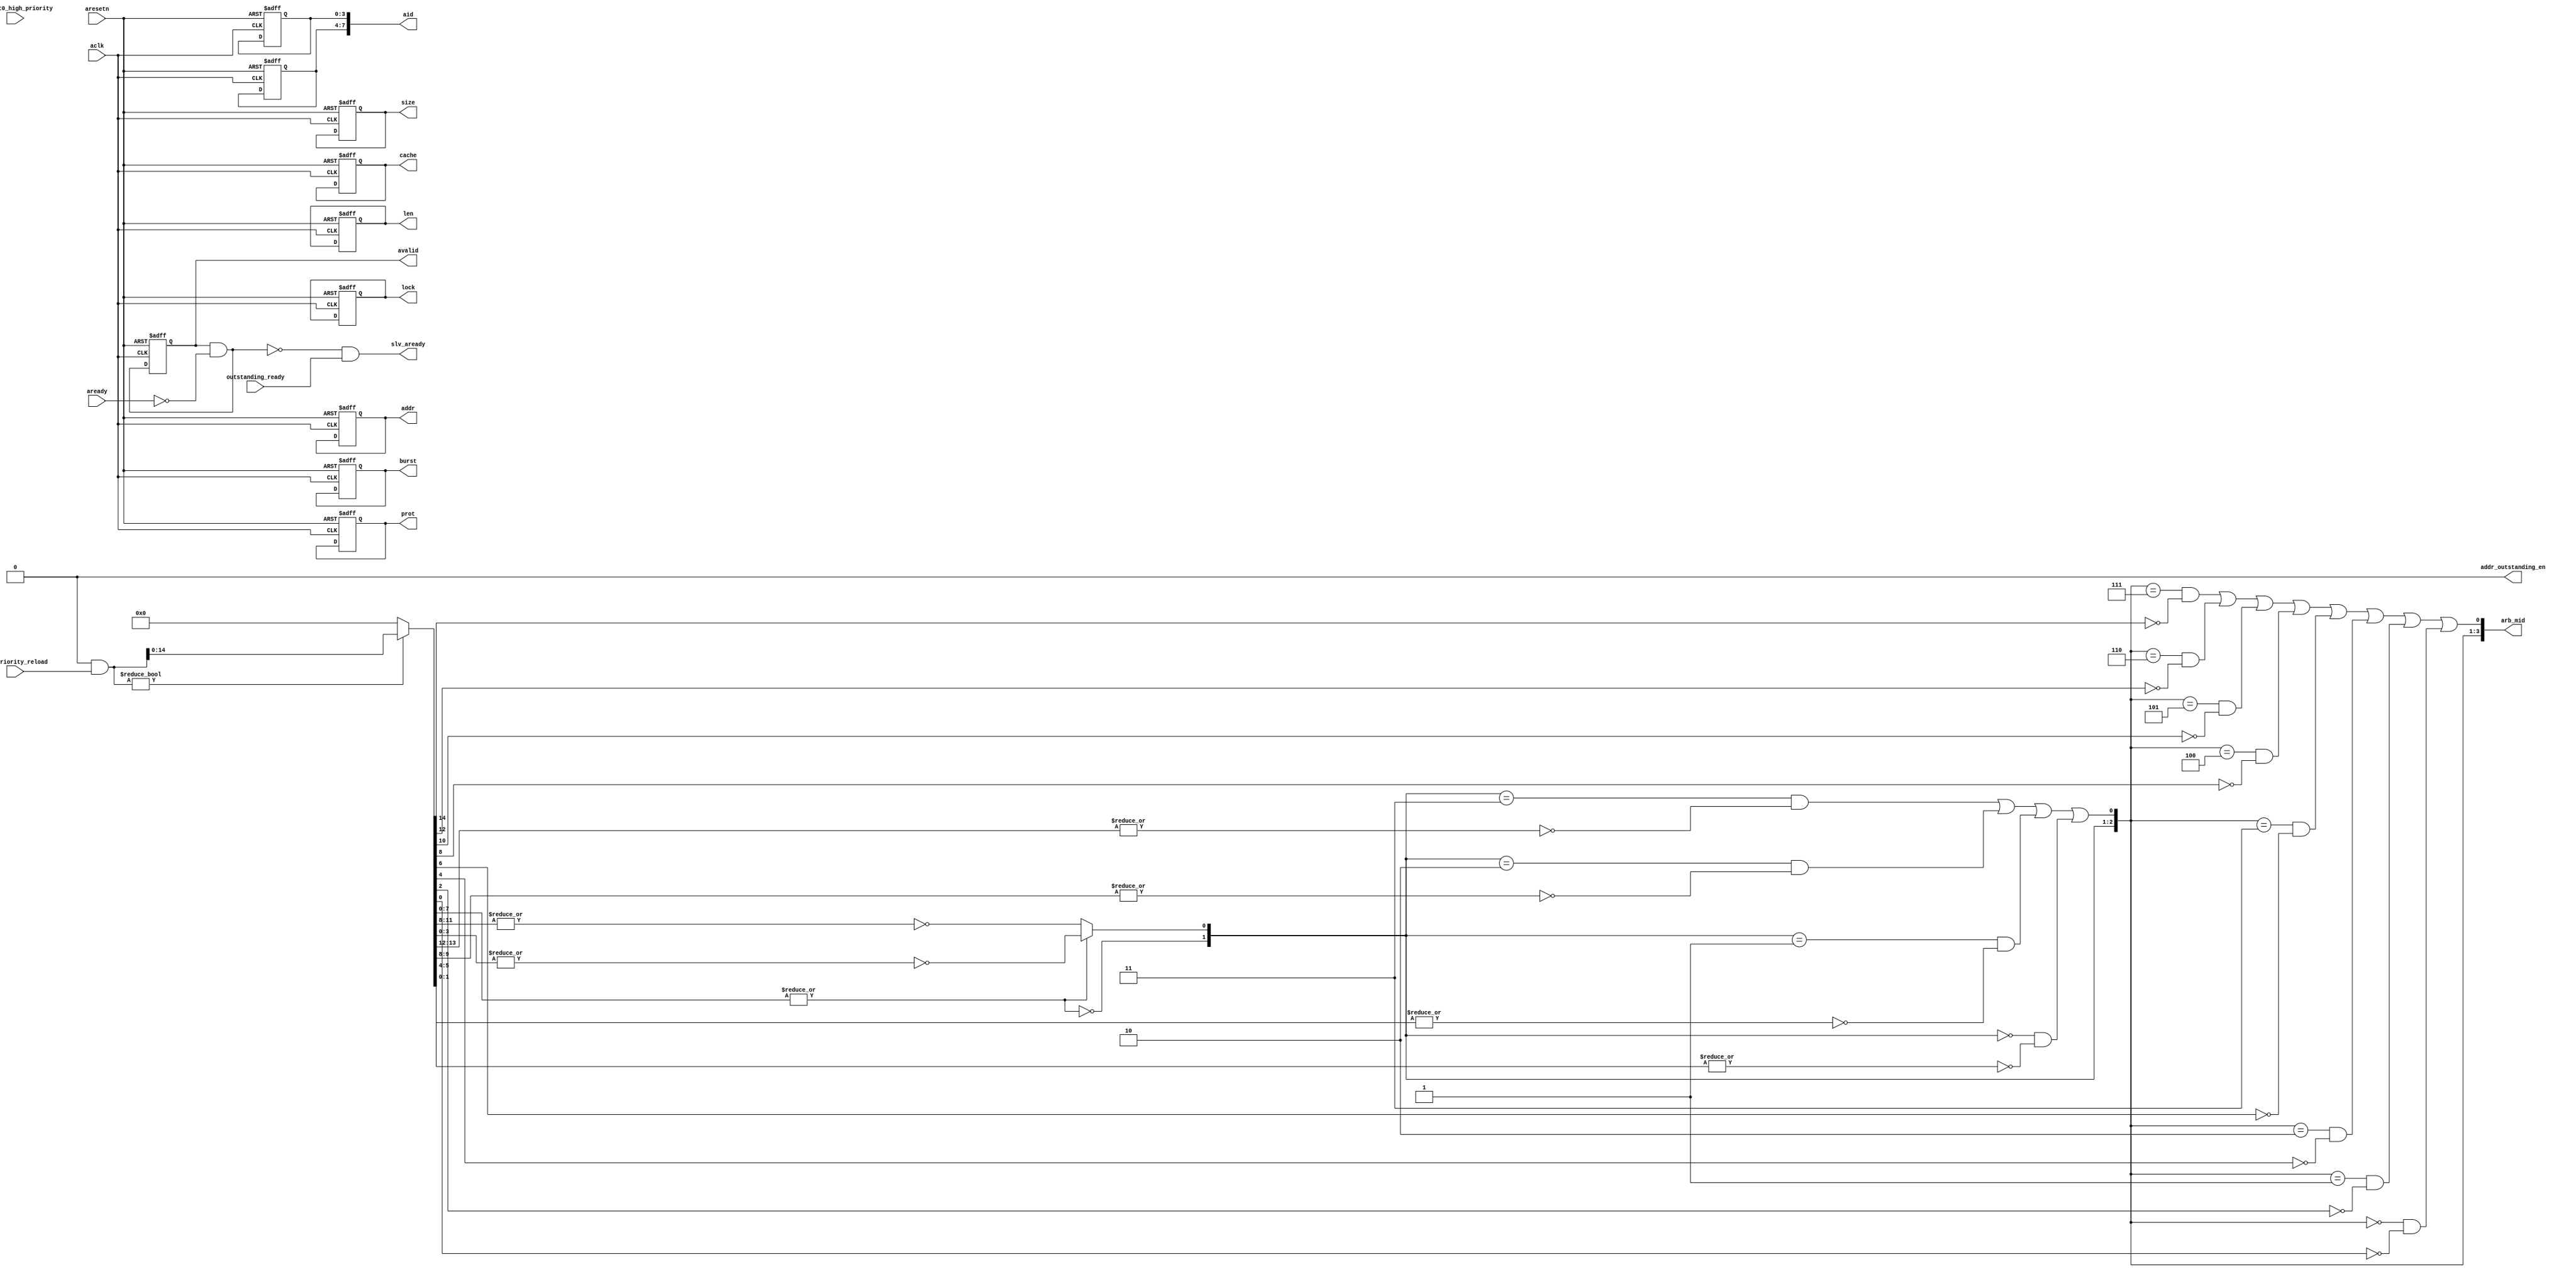
module atcbmc300_ds_addr_ctrl (
// VPERL: &PORTLIST;
// VPERL_GENERATED_BEGIN
`ifdef ATCBMC300_MST0_SUPPORT
	  mst0_addr,
	  mst0_len, 
	  mst0_size,
	  mst0_burst,
	  mst0_lock,
	  mst0_cache,
	  mst0_prot,
	  mst0_aid, 
	  mst0_avalid,
	  mst0_connect,
`endif // ATCBMC300_MST0_SUPPORT
`ifdef ATCBMC300_MST1_SUPPORT
	  mst1_addr,
	  mst1_len, 
	  mst1_size,
	  mst1_burst,
	  mst1_lock,
	  mst1_cache,
	  mst1_prot,
	  mst1_aid, 
	  mst1_avalid,
	  mst1_connect,
`endif // ATCBMC300_MST1_SUPPORT
`ifdef ATCBMC300_MST2_SUPPORT
	  mst2_addr,
	  mst2_len, 
	  mst2_size,
	  mst2_burst,
	  mst2_lock,
	  mst2_cache,
	  mst2_prot,
	  mst2_aid, 
	  mst2_avalid,
	  mst2_connect,
`endif // ATCBMC300_MST2_SUPPORT
`ifdef ATCBMC300_MST3_SUPPORT
	  mst3_addr,
	  mst3_len, 
	  mst3_size,
	  mst3_burst,
	  mst3_lock,
	  mst3_cache,
	  mst3_prot,
	  mst3_aid, 
	  mst3_avalid,
	  mst3_connect,
`endif // ATCBMC300_MST3_SUPPORT
`ifdef ATCBMC300_MST4_SUPPORT
	  mst4_addr,
	  mst4_len, 
	  mst4_size,
	  mst4_burst,
	  mst4_lock,
	  mst4_cache,
	  mst4_prot,
	  mst4_aid, 
	  mst4_avalid,
	  mst4_connect,
`endif // ATCBMC300_MST4_SUPPORT
`ifdef ATCBMC300_MST5_SUPPORT
	  mst5_addr,
	  mst5_len, 
	  mst5_size,
	  mst5_burst,
	  mst5_lock,
	  mst5_cache,
	  mst5_prot,
	  mst5_aid, 
	  mst5_avalid,
	  mst5_connect,
`endif // ATCBMC300_MST5_SUPPORT
`ifdef ATCBMC300_MST6_SUPPORT
	  mst6_addr,
	  mst6_len, 
	  mst6_size,
	  mst6_burst,
	  mst6_lock,
	  mst6_cache,
	  mst6_prot,
	  mst6_aid, 
	  mst6_avalid,
	  mst6_connect,
`endif // ATCBMC300_MST6_SUPPORT
`ifdef ATCBMC300_MST7_SUPPORT
	  mst7_addr,
	  mst7_len, 
	  mst7_size,
	  mst7_burst,
	  mst7_lock,
	  mst7_cache,
	  mst7_prot,
	  mst7_aid, 
	  mst7_avalid,
	  mst7_connect,
`endif // ATCBMC300_MST7_SUPPORT
`ifdef ATCBMC300_MST8_SUPPORT
	  mst8_addr,
	  mst8_len, 
	  mst8_size,
	  mst8_burst,
	  mst8_lock,
	  mst8_cache,
	  mst8_prot,
	  mst8_aid, 
	  mst8_avalid,
	  mst8_connect,
`endif // ATCBMC300_MST8_SUPPORT
`ifdef ATCBMC300_MST9_SUPPORT
	  mst9_addr,
	  mst9_len, 
	  mst9_size,
	  mst9_burst,
	  mst9_lock,
	  mst9_cache,
	  mst9_prot,
	  mst9_aid, 
	  mst9_avalid,
	  mst9_connect,
`endif // ATCBMC300_MST9_SUPPORT
`ifdef ATCBMC300_MST10_SUPPORT
	  mst10_addr,
	  mst10_len,
	  mst10_size,
	  mst10_burst,
	  mst10_lock,
	  mst10_cache,
	  mst10_prot,
	  mst10_aid,
	  mst10_avalid,
	  mst10_connect,
`endif // ATCBMC300_MST10_SUPPORT
`ifdef ATCBMC300_MST11_SUPPORT
	  mst11_addr,
	  mst11_len,
	  mst11_size,
	  mst11_burst,
	  mst11_lock,
	  mst11_cache,
	  mst11_prot,
	  mst11_aid,
	  mst11_avalid,
	  mst11_connect,
`endif // ATCBMC300_MST11_SUPPORT
`ifdef ATCBMC300_MST12_SUPPORT
	  mst12_addr,
	  mst12_len,
	  mst12_size,
	  mst12_burst,
	  mst12_lock,
	  mst12_cache,
	  mst12_prot,
	  mst12_aid,
	  mst12_avalid,
	  mst12_connect,
`endif // ATCBMC300_MST12_SUPPORT
`ifdef ATCBMC300_MST13_SUPPORT
	  mst13_addr,
	  mst13_len,
	  mst13_size,
	  mst13_burst,
	  mst13_lock,
	  mst13_cache,
	  mst13_prot,
	  mst13_aid,
	  mst13_avalid,
	  mst13_connect,
`endif // ATCBMC300_MST13_SUPPORT
`ifdef ATCBMC300_MST14_SUPPORT
	  mst14_addr,
	  mst14_len,
	  mst14_size,
	  mst14_burst,
	  mst14_lock,
	  mst14_cache,
	  mst14_prot,
	  mst14_aid,
	  mst14_avalid,
	  mst14_connect,
`endif // ATCBMC300_MST14_SUPPORT
`ifdef ATCBMC300_MST15_SUPPORT
	  mst15_addr,
	  mst15_len,
	  mst15_size,
	  mst15_burst,
	  mst15_lock,
	  mst15_cache,
	  mst15_prot,
	  mst15_aid,
	  mst15_avalid,
	  mst15_connect,
`endif // ATCBMC300_MST15_SUPPORT
	  addr_outstanding_en,
	  slv_aready,
	  arb_mid,  
	  outstanding_ready,
	  addr,     
	  len,      
	  size,     
	  burst,    
	  lock,     
	  cache,    
	  prot,     
	  aid,      
	  avalid,   
	  aready,   
	  reg_mst0_high_priority,
	  reg_priority_reload,
	  aclk,     
	  aresetn   
// VPERL_GENERATED_END
);
parameter ADDR_WIDTH = 32;
parameter DATA_WIDTH = 64;
parameter ID_WIDTH   = 4;

localparam ADDR_MSB = ADDR_WIDTH - 1;
localparam DATA_MSB = DATA_WIDTH - 1;
localparam ID_MSB   = ID_WIDTH - 1;

// #VPERL_BEGIN
//  for($i=0;$i<16;$i++) {
// :`ifdef ATCBMC300_MST${i}_SUPPORT
// : input [ADDR_MSB:0] mst${i}_addr;
// : input [7:0]        mst${i}_len;
// : input [2:0]        mst${i}_size;
// : input [1:0]        mst${i}_burst;
// : input              mst${i}_lock;
// : input [3:0]        mst${i}_cache;
// : input [2:0]        mst${i}_prot;
// : input [ID_MSB:0]   mst${i}_aid;       
// : input 	        mst${i}_avalid;
// : input		mst${i}_connect;
// : `endif
// }
// #VPERL_END

// #VPERL_GENERATED_BEGIN
`ifdef ATCBMC300_MST0_SUPPORT
input [ADDR_MSB:0] mst0_addr;
input [7:0]        mst0_len;
input [2:0]        mst0_size;
input [1:0]        mst0_burst;
input              mst0_lock;
input [3:0]        mst0_cache;
input [2:0]        mst0_prot;
input [ID_MSB:0]   mst0_aid;
input 	        mst0_avalid;
input		mst0_connect;
`endif
`ifdef ATCBMC300_MST1_SUPPORT
input [ADDR_MSB:0] mst1_addr;
input [7:0]        mst1_len;
input [2:0]        mst1_size;
input [1:0]        mst1_burst;
input              mst1_lock;
input [3:0]        mst1_cache;
input [2:0]        mst1_prot;
input [ID_MSB:0]   mst1_aid;
input 	        mst1_avalid;
input		mst1_connect;
`endif
`ifdef ATCBMC300_MST2_SUPPORT
input [ADDR_MSB:0] mst2_addr;
input [7:0]        mst2_len;
input [2:0]        mst2_size;
input [1:0]        mst2_burst;
input              mst2_lock;
input [3:0]        mst2_cache;
input [2:0]        mst2_prot;
input [ID_MSB:0]   mst2_aid;
input 	        mst2_avalid;
input		mst2_connect;
`endif
`ifdef ATCBMC300_MST3_SUPPORT
input [ADDR_MSB:0] mst3_addr;
input [7:0]        mst3_len;
input [2:0]        mst3_size;
input [1:0]        mst3_burst;
input              mst3_lock;
input [3:0]        mst3_cache;
input [2:0]        mst3_prot;
input [ID_MSB:0]   mst3_aid;
input 	        mst3_avalid;
input		mst3_connect;
`endif
`ifdef ATCBMC300_MST4_SUPPORT
input [ADDR_MSB:0] mst4_addr;
input [7:0]        mst4_len;
input [2:0]        mst4_size;
input [1:0]        mst4_burst;
input              mst4_lock;
input [3:0]        mst4_cache;
input [2:0]        mst4_prot;
input [ID_MSB:0]   mst4_aid;
input 	        mst4_avalid;
input		mst4_connect;
`endif
`ifdef ATCBMC300_MST5_SUPPORT
input [ADDR_MSB:0] mst5_addr;
input [7:0]        mst5_len;
input [2:0]        mst5_size;
input [1:0]        mst5_burst;
input              mst5_lock;
input [3:0]        mst5_cache;
input [2:0]        mst5_prot;
input [ID_MSB:0]   mst5_aid;
input 	        mst5_avalid;
input		mst5_connect;
`endif
`ifdef ATCBMC300_MST6_SUPPORT
input [ADDR_MSB:0] mst6_addr;
input [7:0]        mst6_len;
input [2:0]        mst6_size;
input [1:0]        mst6_burst;
input              mst6_lock;
input [3:0]        mst6_cache;
input [2:0]        mst6_prot;
input [ID_MSB:0]   mst6_aid;
input 	        mst6_avalid;
input		mst6_connect;
`endif
`ifdef ATCBMC300_MST7_SUPPORT
input [ADDR_MSB:0] mst7_addr;
input [7:0]        mst7_len;
input [2:0]        mst7_size;
input [1:0]        mst7_burst;
input              mst7_lock;
input [3:0]        mst7_cache;
input [2:0]        mst7_prot;
input [ID_MSB:0]   mst7_aid;
input 	        mst7_avalid;
input		mst7_connect;
`endif
`ifdef ATCBMC300_MST8_SUPPORT
input [ADDR_MSB:0] mst8_addr;
input [7:0]        mst8_len;
input [2:0]        mst8_size;
input [1:0]        mst8_burst;
input              mst8_lock;
input [3:0]        mst8_cache;
input [2:0]        mst8_prot;
input [ID_MSB:0]   mst8_aid;
input 	        mst8_avalid;
input		mst8_connect;
`endif
`ifdef ATCBMC300_MST9_SUPPORT
input [ADDR_MSB:0] mst9_addr;
input [7:0]        mst9_len;
input [2:0]        mst9_size;
input [1:0]        mst9_burst;
input              mst9_lock;
input [3:0]        mst9_cache;
input [2:0]        mst9_prot;
input [ID_MSB:0]   mst9_aid;
input 	        mst9_avalid;
input		mst9_connect;
`endif
`ifdef ATCBMC300_MST10_SUPPORT
input [ADDR_MSB:0] mst10_addr;
input [7:0]        mst10_len;
input [2:0]        mst10_size;
input [1:0]        mst10_burst;
input              mst10_lock;
input [3:0]        mst10_cache;
input [2:0]        mst10_prot;
input [ID_MSB:0]   mst10_aid;
input 	        mst10_avalid;
input		mst10_connect;
`endif
`ifdef ATCBMC300_MST11_SUPPORT
input [ADDR_MSB:0] mst11_addr;
input [7:0]        mst11_len;
input [2:0]        mst11_size;
input [1:0]        mst11_burst;
input              mst11_lock;
input [3:0]        mst11_cache;
input [2:0]        mst11_prot;
input [ID_MSB:0]   mst11_aid;
input 	        mst11_avalid;
input		mst11_connect;
`endif
`ifdef ATCBMC300_MST12_SUPPORT
input [ADDR_MSB:0] mst12_addr;
input [7:0]        mst12_len;
input [2:0]        mst12_size;
input [1:0]        mst12_burst;
input              mst12_lock;
input [3:0]        mst12_cache;
input [2:0]        mst12_prot;
input [ID_MSB:0]   mst12_aid;
input 	        mst12_avalid;
input		mst12_connect;
`endif
`ifdef ATCBMC300_MST13_SUPPORT
input [ADDR_MSB:0] mst13_addr;
input [7:0]        mst13_len;
input [2:0]        mst13_size;
input [1:0]        mst13_burst;
input              mst13_lock;
input [3:0]        mst13_cache;
input [2:0]        mst13_prot;
input [ID_MSB:0]   mst13_aid;
input 	        mst13_avalid;
input		mst13_connect;
`endif
`ifdef ATCBMC300_MST14_SUPPORT
input [ADDR_MSB:0] mst14_addr;
input [7:0]        mst14_len;
input [2:0]        mst14_size;
input [1:0]        mst14_burst;
input              mst14_lock;
input [3:0]        mst14_cache;
input [2:0]        mst14_prot;
input [ID_MSB:0]   mst14_aid;
input 	        mst14_avalid;
input		mst14_connect;
`endif
`ifdef ATCBMC300_MST15_SUPPORT
input [ADDR_MSB:0] mst15_addr;
input [7:0]        mst15_len;
input [2:0]        mst15_size;
input [1:0]        mst15_burst;
input              mst15_lock;
input [3:0]        mst15_cache;
input [2:0]        mst15_prot;
input [ID_MSB:0]   mst15_aid;
input 	        mst15_avalid;
input		mst15_connect;
`endif
// #VPERL_GENERATED_END
output 		    addr_outstanding_en;
output              slv_aready;
output [3:0]        arb_mid;
input               outstanding_ready;

output [ADDR_MSB:0] addr;
output [7:0]        len;
output [2:0]        size;
output [1:0]        burst;
output 	            lock;
output [3:0]        cache;
output [2:0]        prot;
output [(ID_MSB+4):0] aid;
output              avalid;
input               aready;
input              reg_mst0_high_priority;
input [15:0]       reg_priority_reload;
input aclk;
input aresetn;

reg [ADDR_MSB:0] addr;
reg [7:0]        len;
reg [2:0]        size;
reg [1:0]        burst;
reg 	         lock;
reg [3:0]        cache;
reg [2:0]        prot;
reg [ID_MSB:0]   us_aid;
reg              avalid;
reg [3:0]        mid;
wire [ID_MSB+4:0] aid;

reg [ADDR_MSB:0] mst_addr  [0:15];
reg [7:0]        mst_len   [0:15];
reg [2:0]        mst_size  [0:15];
reg [1:0]        mst_burst [0:15];
reg 	         mst_lock  [0:15];
reg [3:0]        mst_cache [0:15];
reg [2:0]        mst_prot  [0:15];
reg [ID_MSB:0]   mst_aid   [0:15];
reg [15:0]       mst_avalid;
reg [15:0]       priority_avalid;
wire [15:0]       arb_avalid;
wire 		pending_priority_avalid;
assign pending_priority_avalid = priority_avalid!=16'h0;
// VPERL_BEGIN
//  for($i=0;$i<16;$i++) {
// :`ifdef ATCBMC300_MST${i}_SUPPORT
// : reg mst${i}_priority_avalid;
// : always @(posedge aclk or negedge aresetn) begin
// :	if (!aresetn)
// : 		mst${i}_priority_avalid <= 1'b0;
// :	else 
// :		mst${i}_priority_avalid <= mst${i}_connect & ~((arb_mid==4'd${i}) & slv_aready) & 
// :					   ((~pending_priority_avalid & mst${i}_avalid & reg_priority_reload[${i}]) | mst${i}_priority_avalid);
// : end
// :`endif
// }
// :		
// : always @* begin
//  for($i=0;$i<16;$i++) {
// :`ifdef ATCBMC300_MST${i}_SUPPORT
// : 	mst_addr  [${i}] = mst${i}_addr  & {ADDR_WIDTH{mst${i}_connect}};
// : 	mst_len   [${i}] = mst${i}_len   & {8{mst${i}_connect}};
// : 	mst_size  [${i}] = mst${i}_size  & {3{mst${i}_connect}};
// : 	mst_burst [${i}] = mst${i}_burst & {2{mst${i}_connect}};
// : 	mst_cache [${i}] = mst${i}_cache & {4{mst${i}_connect}};
// : 	mst_prot  [${i}] = mst${i}_prot  & {3{mst${i}_connect}};
// : 	mst_aid   [${i}] = mst${i}_aid   & {ID_WIDTH{mst${i}_connect}};  
// : 	mst_lock  [${i}] = mst${i}_lock  & mst${i}_connect;
// :	mst_avalid[${i}] = mst${i}_avalid   & mst${i}_connect;     
// :	priority_avalid[${i}] = mst${i}_priority_avalid;
// :`else 
// : 	mst_addr  [${i}] = {ADDR_WIDTH{1'b0}};
// : 	mst_len   [${i}] = {8{1'b0}};
// : 	mst_size  [${i}] = {3{1'b0}};
// : 	mst_burst [${i}] = {2{1'b0}};
// : 	mst_cache [${i}] = {4{1'b0}};
// : 	mst_prot  [${i}] = {3{1'b0}};
// : 	mst_aid   [${i}] = {ID_WIDTH{1'b0}};  
// : 	mst_lock  [${i}] = {1{1'b0}};
// :	mst_avalid[${i}] = 1'b0;
// :	priority_avalid[${i}] = 1'b0;
// :`endif
// }
// :end
// VPERL_END

// VPERL_GENERATED_BEGIN
`ifdef ATCBMC300_MST0_SUPPORT
reg mst0_priority_avalid;
always @(posedge aclk or negedge aresetn) begin
	if (!aresetn)
		mst0_priority_avalid <= 1'b0;
	else
		mst0_priority_avalid <= mst0_connect & ~((arb_mid==4'd0) & slv_aready) &
					   ((~pending_priority_avalid & mst0_avalid & reg_priority_reload[0]) | mst0_priority_avalid);
end
`endif
`ifdef ATCBMC300_MST1_SUPPORT
reg mst1_priority_avalid;
always @(posedge aclk or negedge aresetn) begin
	if (!aresetn)
		mst1_priority_avalid <= 1'b0;
	else
		mst1_priority_avalid <= mst1_connect & ~((arb_mid==4'd1) & slv_aready) &
					   ((~pending_priority_avalid & mst1_avalid & reg_priority_reload[1]) | mst1_priority_avalid);
end
`endif
`ifdef ATCBMC300_MST2_SUPPORT
reg mst2_priority_avalid;
always @(posedge aclk or negedge aresetn) begin
	if (!aresetn)
		mst2_priority_avalid <= 1'b0;
	else
		mst2_priority_avalid <= mst2_connect & ~((arb_mid==4'd2) & slv_aready) &
					   ((~pending_priority_avalid & mst2_avalid & reg_priority_reload[2]) | mst2_priority_avalid);
end
`endif
`ifdef ATCBMC300_MST3_SUPPORT
reg mst3_priority_avalid;
always @(posedge aclk or negedge aresetn) begin
	if (!aresetn)
		mst3_priority_avalid <= 1'b0;
	else
		mst3_priority_avalid <= mst3_connect & ~((arb_mid==4'd3) & slv_aready) &
					   ((~pending_priority_avalid & mst3_avalid & reg_priority_reload[3]) | mst3_priority_avalid);
end
`endif
`ifdef ATCBMC300_MST4_SUPPORT
reg mst4_priority_avalid;
always @(posedge aclk or negedge aresetn) begin
	if (!aresetn)
		mst4_priority_avalid <= 1'b0;
	else
		mst4_priority_avalid <= mst4_connect & ~((arb_mid==4'd4) & slv_aready) &
					   ((~pending_priority_avalid & mst4_avalid & reg_priority_reload[4]) | mst4_priority_avalid);
end
`endif
`ifdef ATCBMC300_MST5_SUPPORT
reg mst5_priority_avalid;
always @(posedge aclk or negedge aresetn) begin
	if (!aresetn)
		mst5_priority_avalid <= 1'b0;
	else
		mst5_priority_avalid <= mst5_connect & ~((arb_mid==4'd5) & slv_aready) &
					   ((~pending_priority_avalid & mst5_avalid & reg_priority_reload[5]) | mst5_priority_avalid);
end
`endif
`ifdef ATCBMC300_MST6_SUPPORT
reg mst6_priority_avalid;
always @(posedge aclk or negedge aresetn) begin
	if (!aresetn)
		mst6_priority_avalid <= 1'b0;
	else
		mst6_priority_avalid <= mst6_connect & ~((arb_mid==4'd6) & slv_aready) &
					   ((~pending_priority_avalid & mst6_avalid & reg_priority_reload[6]) | mst6_priority_avalid);
end
`endif
`ifdef ATCBMC300_MST7_SUPPORT
reg mst7_priority_avalid;
always @(posedge aclk or negedge aresetn) begin
	if (!aresetn)
		mst7_priority_avalid <= 1'b0;
	else
		mst7_priority_avalid <= mst7_connect & ~((arb_mid==4'd7) & slv_aready) &
					   ((~pending_priority_avalid & mst7_avalid & reg_priority_reload[7]) | mst7_priority_avalid);
end
`endif
`ifdef ATCBMC300_MST8_SUPPORT
reg mst8_priority_avalid;
always @(posedge aclk or negedge aresetn) begin
	if (!aresetn)
		mst8_priority_avalid <= 1'b0;
	else
		mst8_priority_avalid <= mst8_connect & ~((arb_mid==4'd8) & slv_aready) &
					   ((~pending_priority_avalid & mst8_avalid & reg_priority_reload[8]) | mst8_priority_avalid);
end
`endif
`ifdef ATCBMC300_MST9_SUPPORT
reg mst9_priority_avalid;
always @(posedge aclk or negedge aresetn) begin
	if (!aresetn)
		mst9_priority_avalid <= 1'b0;
	else
		mst9_priority_avalid <= mst9_connect & ~((arb_mid==4'd9) & slv_aready) &
					   ((~pending_priority_avalid & mst9_avalid & reg_priority_reload[9]) | mst9_priority_avalid);
end
`endif
`ifdef ATCBMC300_MST10_SUPPORT
reg mst10_priority_avalid;
always @(posedge aclk or negedge aresetn) begin
	if (!aresetn)
		mst10_priority_avalid <= 1'b0;
	else
		mst10_priority_avalid <= mst10_connect & ~((arb_mid==4'd10) & slv_aready) &
					   ((~pending_priority_avalid & mst10_avalid & reg_priority_reload[10]) | mst10_priority_avalid);
end
`endif
`ifdef ATCBMC300_MST11_SUPPORT
reg mst11_priority_avalid;
always @(posedge aclk or negedge aresetn) begin
	if (!aresetn)
		mst11_priority_avalid <= 1'b0;
	else
		mst11_priority_avalid <= mst11_connect & ~((arb_mid==4'd11) & slv_aready) &
					   ((~pending_priority_avalid & mst11_avalid & reg_priority_reload[11]) | mst11_priority_avalid);
end
`endif
`ifdef ATCBMC300_MST12_SUPPORT
reg mst12_priority_avalid;
always @(posedge aclk or negedge aresetn) begin
	if (!aresetn)
		mst12_priority_avalid <= 1'b0;
	else
		mst12_priority_avalid <= mst12_connect & ~((arb_mid==4'd12) & slv_aready) &
					   ((~pending_priority_avalid & mst12_avalid & reg_priority_reload[12]) | mst12_priority_avalid);
end
`endif
`ifdef ATCBMC300_MST13_SUPPORT
reg mst13_priority_avalid;
always @(posedge aclk or negedge aresetn) begin
	if (!aresetn)
		mst13_priority_avalid <= 1'b0;
	else
		mst13_priority_avalid <= mst13_connect & ~((arb_mid==4'd13) & slv_aready) &
					   ((~pending_priority_avalid & mst13_avalid & reg_priority_reload[13]) | mst13_priority_avalid);
end
`endif
`ifdef ATCBMC300_MST14_SUPPORT
reg mst14_priority_avalid;
always @(posedge aclk or negedge aresetn) begin
	if (!aresetn)
		mst14_priority_avalid <= 1'b0;
	else
		mst14_priority_avalid <= mst14_connect & ~((arb_mid==4'd14) & slv_aready) &
					   ((~pending_priority_avalid & mst14_avalid & reg_priority_reload[14]) | mst14_priority_avalid);
end
`endif
`ifdef ATCBMC300_MST15_SUPPORT
reg mst15_priority_avalid;
always @(posedge aclk or negedge aresetn) begin
	if (!aresetn)
		mst15_priority_avalid <= 1'b0;
	else
		mst15_priority_avalid <= mst15_connect & ~((arb_mid==4'd15) & slv_aready) &
					   ((~pending_priority_avalid & mst15_avalid & reg_priority_reload[15]) | mst15_priority_avalid);
end
`endif

always @* begin
`ifdef ATCBMC300_MST0_SUPPORT
	mst_addr  [0] = mst0_addr  & {ADDR_WIDTH{mst0_connect}};
	mst_len   [0] = mst0_len   & {8{mst0_connect}};
	mst_size  [0] = mst0_size  & {3{mst0_connect}};
	mst_burst [0] = mst0_burst & {2{mst0_connect}};
	mst_cache [0] = mst0_cache & {4{mst0_connect}};
	mst_prot  [0] = mst0_prot  & {3{mst0_connect}};
	mst_aid   [0] = mst0_aid   & {ID_WIDTH{mst0_connect}};
	mst_lock  [0] = mst0_lock  & mst0_connect;
	mst_avalid[0] = mst0_avalid   & mst0_connect;
	priority_avalid[0] = mst0_priority_avalid;
`else
	mst_addr  [0] = {ADDR_WIDTH{1'b0}};
	mst_len   [0] = {8{1'b0}};
	mst_size  [0] = {3{1'b0}};
	mst_burst [0] = {2{1'b0}};
	mst_cache [0] = {4{1'b0}};
	mst_prot  [0] = {3{1'b0}};
	mst_aid   [0] = {ID_WIDTH{1'b0}};
	mst_lock  [0] = {1{1'b0}};
	mst_avalid[0] = 1'b0;
	priority_avalid[0] = 1'b0;
`endif
`ifdef ATCBMC300_MST1_SUPPORT
	mst_addr  [1] = mst1_addr  & {ADDR_WIDTH{mst1_connect}};
	mst_len   [1] = mst1_len   & {8{mst1_connect}};
	mst_size  [1] = mst1_size  & {3{mst1_connect}};
	mst_burst [1] = mst1_burst & {2{mst1_connect}};
	mst_cache [1] = mst1_cache & {4{mst1_connect}};
	mst_prot  [1] = mst1_prot  & {3{mst1_connect}};
	mst_aid   [1] = mst1_aid   & {ID_WIDTH{mst1_connect}};
	mst_lock  [1] = mst1_lock  & mst1_connect;
	mst_avalid[1] = mst1_avalid   & mst1_connect;
	priority_avalid[1] = mst1_priority_avalid;
`else
	mst_addr  [1] = {ADDR_WIDTH{1'b0}};
	mst_len   [1] = {8{1'b0}};
	mst_size  [1] = {3{1'b0}};
	mst_burst [1] = {2{1'b0}};
	mst_cache [1] = {4{1'b0}};
	mst_prot  [1] = {3{1'b0}};
	mst_aid   [1] = {ID_WIDTH{1'b0}};
	mst_lock  [1] = {1{1'b0}};
	mst_avalid[1] = 1'b0;
	priority_avalid[1] = 1'b0;
`endif
`ifdef ATCBMC300_MST2_SUPPORT
	mst_addr  [2] = mst2_addr  & {ADDR_WIDTH{mst2_connect}};
	mst_len   [2] = mst2_len   & {8{mst2_connect}};
	mst_size  [2] = mst2_size  & {3{mst2_connect}};
	mst_burst [2] = mst2_burst & {2{mst2_connect}};
	mst_cache [2] = mst2_cache & {4{mst2_connect}};
	mst_prot  [2] = mst2_prot  & {3{mst2_connect}};
	mst_aid   [2] = mst2_aid   & {ID_WIDTH{mst2_connect}};
	mst_lock  [2] = mst2_lock  & mst2_connect;
	mst_avalid[2] = mst2_avalid   & mst2_connect;
	priority_avalid[2] = mst2_priority_avalid;
`else
	mst_addr  [2] = {ADDR_WIDTH{1'b0}};
	mst_len   [2] = {8{1'b0}};
	mst_size  [2] = {3{1'b0}};
	mst_burst [2] = {2{1'b0}};
	mst_cache [2] = {4{1'b0}};
	mst_prot  [2] = {3{1'b0}};
	mst_aid   [2] = {ID_WIDTH{1'b0}};
	mst_lock  [2] = {1{1'b0}};
	mst_avalid[2] = 1'b0;
	priority_avalid[2] = 1'b0;
`endif
`ifdef ATCBMC300_MST3_SUPPORT
	mst_addr  [3] = mst3_addr  & {ADDR_WIDTH{mst3_connect}};
	mst_len   [3] = mst3_len   & {8{mst3_connect}};
	mst_size  [3] = mst3_size  & {3{mst3_connect}};
	mst_burst [3] = mst3_burst & {2{mst3_connect}};
	mst_cache [3] = mst3_cache & {4{mst3_connect}};
	mst_prot  [3] = mst3_prot  & {3{mst3_connect}};
	mst_aid   [3] = mst3_aid   & {ID_WIDTH{mst3_connect}};
	mst_lock  [3] = mst3_lock  & mst3_connect;
	mst_avalid[3] = mst3_avalid   & mst3_connect;
	priority_avalid[3] = mst3_priority_avalid;
`else
	mst_addr  [3] = {ADDR_WIDTH{1'b0}};
	mst_len   [3] = {8{1'b0}};
	mst_size  [3] = {3{1'b0}};
	mst_burst [3] = {2{1'b0}};
	mst_cache [3] = {4{1'b0}};
	mst_prot  [3] = {3{1'b0}};
	mst_aid   [3] = {ID_WIDTH{1'b0}};
	mst_lock  [3] = {1{1'b0}};
	mst_avalid[3] = 1'b0;
	priority_avalid[3] = 1'b0;
`endif
`ifdef ATCBMC300_MST4_SUPPORT
	mst_addr  [4] = mst4_addr  & {ADDR_WIDTH{mst4_connect}};
	mst_len   [4] = mst4_len   & {8{mst4_connect}};
	mst_size  [4] = mst4_size  & {3{mst4_connect}};
	mst_burst [4] = mst4_burst & {2{mst4_connect}};
	mst_cache [4] = mst4_cache & {4{mst4_connect}};
	mst_prot  [4] = mst4_prot  & {3{mst4_connect}};
	mst_aid   [4] = mst4_aid   & {ID_WIDTH{mst4_connect}};
	mst_lock  [4] = mst4_lock  & mst4_connect;
	mst_avalid[4] = mst4_avalid   & mst4_connect;
	priority_avalid[4] = mst4_priority_avalid;
`else
	mst_addr  [4] = {ADDR_WIDTH{1'b0}};
	mst_len   [4] = {8{1'b0}};
	mst_size  [4] = {3{1'b0}};
	mst_burst [4] = {2{1'b0}};
	mst_cache [4] = {4{1'b0}};
	mst_prot  [4] = {3{1'b0}};
	mst_aid   [4] = {ID_WIDTH{1'b0}};
	mst_lock  [4] = {1{1'b0}};
	mst_avalid[4] = 1'b0;
	priority_avalid[4] = 1'b0;
`endif
`ifdef ATCBMC300_MST5_SUPPORT
	mst_addr  [5] = mst5_addr  & {ADDR_WIDTH{mst5_connect}};
	mst_len   [5] = mst5_len   & {8{mst5_connect}};
	mst_size  [5] = mst5_size  & {3{mst5_connect}};
	mst_burst [5] = mst5_burst & {2{mst5_connect}};
	mst_cache [5] = mst5_cache & {4{mst5_connect}};
	mst_prot  [5] = mst5_prot  & {3{mst5_connect}};
	mst_aid   [5] = mst5_aid   & {ID_WIDTH{mst5_connect}};
	mst_lock  [5] = mst5_lock  & mst5_connect;
	mst_avalid[5] = mst5_avalid   & mst5_connect;
	priority_avalid[5] = mst5_priority_avalid;
`else
	mst_addr  [5] = {ADDR_WIDTH{1'b0}};
	mst_len   [5] = {8{1'b0}};
	mst_size  [5] = {3{1'b0}};
	mst_burst [5] = {2{1'b0}};
	mst_cache [5] = {4{1'b0}};
	mst_prot  [5] = {3{1'b0}};
	mst_aid   [5] = {ID_WIDTH{1'b0}};
	mst_lock  [5] = {1{1'b0}};
	mst_avalid[5] = 1'b0;
	priority_avalid[5] = 1'b0;
`endif
`ifdef ATCBMC300_MST6_SUPPORT
	mst_addr  [6] = mst6_addr  & {ADDR_WIDTH{mst6_connect}};
	mst_len   [6] = mst6_len   & {8{mst6_connect}};
	mst_size  [6] = mst6_size  & {3{mst6_connect}};
	mst_burst [6] = mst6_burst & {2{mst6_connect}};
	mst_cache [6] = mst6_cache & {4{mst6_connect}};
	mst_prot  [6] = mst6_prot  & {3{mst6_connect}};
	mst_aid   [6] = mst6_aid   & {ID_WIDTH{mst6_connect}};
	mst_lock  [6] = mst6_lock  & mst6_connect;
	mst_avalid[6] = mst6_avalid   & mst6_connect;
	priority_avalid[6] = mst6_priority_avalid;
`else
	mst_addr  [6] = {ADDR_WIDTH{1'b0}};
	mst_len   [6] = {8{1'b0}};
	mst_size  [6] = {3{1'b0}};
	mst_burst [6] = {2{1'b0}};
	mst_cache [6] = {4{1'b0}};
	mst_prot  [6] = {3{1'b0}};
	mst_aid   [6] = {ID_WIDTH{1'b0}};
	mst_lock  [6] = {1{1'b0}};
	mst_avalid[6] = 1'b0;
	priority_avalid[6] = 1'b0;
`endif
`ifdef ATCBMC300_MST7_SUPPORT
	mst_addr  [7] = mst7_addr  & {ADDR_WIDTH{mst7_connect}};
	mst_len   [7] = mst7_len   & {8{mst7_connect}};
	mst_size  [7] = mst7_size  & {3{mst7_connect}};
	mst_burst [7] = mst7_burst & {2{mst7_connect}};
	mst_cache [7] = mst7_cache & {4{mst7_connect}};
	mst_prot  [7] = mst7_prot  & {3{mst7_connect}};
	mst_aid   [7] = mst7_aid   & {ID_WIDTH{mst7_connect}};
	mst_lock  [7] = mst7_lock  & mst7_connect;
	mst_avalid[7] = mst7_avalid   & mst7_connect;
	priority_avalid[7] = mst7_priority_avalid;
`else
	mst_addr  [7] = {ADDR_WIDTH{1'b0}};
	mst_len   [7] = {8{1'b0}};
	mst_size  [7] = {3{1'b0}};
	mst_burst [7] = {2{1'b0}};
	mst_cache [7] = {4{1'b0}};
	mst_prot  [7] = {3{1'b0}};
	mst_aid   [7] = {ID_WIDTH{1'b0}};
	mst_lock  [7] = {1{1'b0}};
	mst_avalid[7] = 1'b0;
	priority_avalid[7] = 1'b0;
`endif
`ifdef ATCBMC300_MST8_SUPPORT
	mst_addr  [8] = mst8_addr  & {ADDR_WIDTH{mst8_connect}};
	mst_len   [8] = mst8_len   & {8{mst8_connect}};
	mst_size  [8] = mst8_size  & {3{mst8_connect}};
	mst_burst [8] = mst8_burst & {2{mst8_connect}};
	mst_cache [8] = mst8_cache & {4{mst8_connect}};
	mst_prot  [8] = mst8_prot  & {3{mst8_connect}};
	mst_aid   [8] = mst8_aid   & {ID_WIDTH{mst8_connect}};
	mst_lock  [8] = mst8_lock  & mst8_connect;
	mst_avalid[8] = mst8_avalid   & mst8_connect;
	priority_avalid[8] = mst8_priority_avalid;
`else
	mst_addr  [8] = {ADDR_WIDTH{1'b0}};
	mst_len   [8] = {8{1'b0}};
	mst_size  [8] = {3{1'b0}};
	mst_burst [8] = {2{1'b0}};
	mst_cache [8] = {4{1'b0}};
	mst_prot  [8] = {3{1'b0}};
	mst_aid   [8] = {ID_WIDTH{1'b0}};
	mst_lock  [8] = {1{1'b0}};
	mst_avalid[8] = 1'b0;
	priority_avalid[8] = 1'b0;
`endif
`ifdef ATCBMC300_MST9_SUPPORT
	mst_addr  [9] = mst9_addr  & {ADDR_WIDTH{mst9_connect}};
	mst_len   [9] = mst9_len   & {8{mst9_connect}};
	mst_size  [9] = mst9_size  & {3{mst9_connect}};
	mst_burst [9] = mst9_burst & {2{mst9_connect}};
	mst_cache [9] = mst9_cache & {4{mst9_connect}};
	mst_prot  [9] = mst9_prot  & {3{mst9_connect}};
	mst_aid   [9] = mst9_aid   & {ID_WIDTH{mst9_connect}};
	mst_lock  [9] = mst9_lock  & mst9_connect;
	mst_avalid[9] = mst9_avalid   & mst9_connect;
	priority_avalid[9] = mst9_priority_avalid;
`else
	mst_addr  [9] = {ADDR_WIDTH{1'b0}};
	mst_len   [9] = {8{1'b0}};
	mst_size  [9] = {3{1'b0}};
	mst_burst [9] = {2{1'b0}};
	mst_cache [9] = {4{1'b0}};
	mst_prot  [9] = {3{1'b0}};
	mst_aid   [9] = {ID_WIDTH{1'b0}};
	mst_lock  [9] = {1{1'b0}};
	mst_avalid[9] = 1'b0;
	priority_avalid[9] = 1'b0;
`endif
`ifdef ATCBMC300_MST10_SUPPORT
	mst_addr  [10] = mst10_addr  & {ADDR_WIDTH{mst10_connect}};
	mst_len   [10] = mst10_len   & {8{mst10_connect}};
	mst_size  [10] = mst10_size  & {3{mst10_connect}};
	mst_burst [10] = mst10_burst & {2{mst10_connect}};
	mst_cache [10] = mst10_cache & {4{mst10_connect}};
	mst_prot  [10] = mst10_prot  & {3{mst10_connect}};
	mst_aid   [10] = mst10_aid   & {ID_WIDTH{mst10_connect}};
	mst_lock  [10] = mst10_lock  & mst10_connect;
	mst_avalid[10] = mst10_avalid   & mst10_connect;
	priority_avalid[10] = mst10_priority_avalid;
`else
	mst_addr  [10] = {ADDR_WIDTH{1'b0}};
	mst_len   [10] = {8{1'b0}};
	mst_size  [10] = {3{1'b0}};
	mst_burst [10] = {2{1'b0}};
	mst_cache [10] = {4{1'b0}};
	mst_prot  [10] = {3{1'b0}};
	mst_aid   [10] = {ID_WIDTH{1'b0}};
	mst_lock  [10] = {1{1'b0}};
	mst_avalid[10] = 1'b0;
	priority_avalid[10] = 1'b0;
`endif
`ifdef ATCBMC300_MST11_SUPPORT
	mst_addr  [11] = mst11_addr  & {ADDR_WIDTH{mst11_connect}};
	mst_len   [11] = mst11_len   & {8{mst11_connect}};
	mst_size  [11] = mst11_size  & {3{mst11_connect}};
	mst_burst [11] = mst11_burst & {2{mst11_connect}};
	mst_cache [11] = mst11_cache & {4{mst11_connect}};
	mst_prot  [11] = mst11_prot  & {3{mst11_connect}};
	mst_aid   [11] = mst11_aid   & {ID_WIDTH{mst11_connect}};
	mst_lock  [11] = mst11_lock  & mst11_connect;
	mst_avalid[11] = mst11_avalid   & mst11_connect;
	priority_avalid[11] = mst11_priority_avalid;
`else
	mst_addr  [11] = {ADDR_WIDTH{1'b0}};
	mst_len   [11] = {8{1'b0}};
	mst_size  [11] = {3{1'b0}};
	mst_burst [11] = {2{1'b0}};
	mst_cache [11] = {4{1'b0}};
	mst_prot  [11] = {3{1'b0}};
	mst_aid   [11] = {ID_WIDTH{1'b0}};
	mst_lock  [11] = {1{1'b0}};
	mst_avalid[11] = 1'b0;
	priority_avalid[11] = 1'b0;
`endif
`ifdef ATCBMC300_MST12_SUPPORT
	mst_addr  [12] = mst12_addr  & {ADDR_WIDTH{mst12_connect}};
	mst_len   [12] = mst12_len   & {8{mst12_connect}};
	mst_size  [12] = mst12_size  & {3{mst12_connect}};
	mst_burst [12] = mst12_burst & {2{mst12_connect}};
	mst_cache [12] = mst12_cache & {4{mst12_connect}};
	mst_prot  [12] = mst12_prot  & {3{mst12_connect}};
	mst_aid   [12] = mst12_aid   & {ID_WIDTH{mst12_connect}};
	mst_lock  [12] = mst12_lock  & mst12_connect;
	mst_avalid[12] = mst12_avalid   & mst12_connect;
	priority_avalid[12] = mst12_priority_avalid;
`else
	mst_addr  [12] = {ADDR_WIDTH{1'b0}};
	mst_len   [12] = {8{1'b0}};
	mst_size  [12] = {3{1'b0}};
	mst_burst [12] = {2{1'b0}};
	mst_cache [12] = {4{1'b0}};
	mst_prot  [12] = {3{1'b0}};
	mst_aid   [12] = {ID_WIDTH{1'b0}};
	mst_lock  [12] = {1{1'b0}};
	mst_avalid[12] = 1'b0;
	priority_avalid[12] = 1'b0;
`endif
`ifdef ATCBMC300_MST13_SUPPORT
	mst_addr  [13] = mst13_addr  & {ADDR_WIDTH{mst13_connect}};
	mst_len   [13] = mst13_len   & {8{mst13_connect}};
	mst_size  [13] = mst13_size  & {3{mst13_connect}};
	mst_burst [13] = mst13_burst & {2{mst13_connect}};
	mst_cache [13] = mst13_cache & {4{mst13_connect}};
	mst_prot  [13] = mst13_prot  & {3{mst13_connect}};
	mst_aid   [13] = mst13_aid   & {ID_WIDTH{mst13_connect}};
	mst_lock  [13] = mst13_lock  & mst13_connect;
	mst_avalid[13] = mst13_avalid   & mst13_connect;
	priority_avalid[13] = mst13_priority_avalid;
`else
	mst_addr  [13] = {ADDR_WIDTH{1'b0}};
	mst_len   [13] = {8{1'b0}};
	mst_size  [13] = {3{1'b0}};
	mst_burst [13] = {2{1'b0}};
	mst_cache [13] = {4{1'b0}};
	mst_prot  [13] = {3{1'b0}};
	mst_aid   [13] = {ID_WIDTH{1'b0}};
	mst_lock  [13] = {1{1'b0}};
	mst_avalid[13] = 1'b0;
	priority_avalid[13] = 1'b0;
`endif
`ifdef ATCBMC300_MST14_SUPPORT
	mst_addr  [14] = mst14_addr  & {ADDR_WIDTH{mst14_connect}};
	mst_len   [14] = mst14_len   & {8{mst14_connect}};
	mst_size  [14] = mst14_size  & {3{mst14_connect}};
	mst_burst [14] = mst14_burst & {2{mst14_connect}};
	mst_cache [14] = mst14_cache & {4{mst14_connect}};
	mst_prot  [14] = mst14_prot  & {3{mst14_connect}};
	mst_aid   [14] = mst14_aid   & {ID_WIDTH{mst14_connect}};
	mst_lock  [14] = mst14_lock  & mst14_connect;
	mst_avalid[14] = mst14_avalid   & mst14_connect;
	priority_avalid[14] = mst14_priority_avalid;
`else
	mst_addr  [14] = {ADDR_WIDTH{1'b0}};
	mst_len   [14] = {8{1'b0}};
	mst_size  [14] = {3{1'b0}};
	mst_burst [14] = {2{1'b0}};
	mst_cache [14] = {4{1'b0}};
	mst_prot  [14] = {3{1'b0}};
	mst_aid   [14] = {ID_WIDTH{1'b0}};
	mst_lock  [14] = {1{1'b0}};
	mst_avalid[14] = 1'b0;
	priority_avalid[14] = 1'b0;
`endif
`ifdef ATCBMC300_MST15_SUPPORT
	mst_addr  [15] = mst15_addr  & {ADDR_WIDTH{mst15_connect}};
	mst_len   [15] = mst15_len   & {8{mst15_connect}};
	mst_size  [15] = mst15_size  & {3{mst15_connect}};
	mst_burst [15] = mst15_burst & {2{mst15_connect}};
	mst_cache [15] = mst15_cache & {4{mst15_connect}};
	mst_prot  [15] = mst15_prot  & {3{mst15_connect}};
	mst_aid   [15] = mst15_aid   & {ID_WIDTH{mst15_connect}};
	mst_lock  [15] = mst15_lock  & mst15_connect;
	mst_avalid[15] = mst15_avalid   & mst15_connect;
	priority_avalid[15] = mst15_priority_avalid;
`else
	mst_addr  [15] = {ADDR_WIDTH{1'b0}};
	mst_len   [15] = {8{1'b0}};
	mst_size  [15] = {3{1'b0}};
	mst_burst [15] = {2{1'b0}};
	mst_cache [15] = {4{1'b0}};
	mst_prot  [15] = {3{1'b0}};
	mst_aid   [15] = {ID_WIDTH{1'b0}};
	mst_lock  [15] = {1{1'b0}};
	mst_avalid[15] = 1'b0;
	priority_avalid[15] = 1'b0;
`endif
end
// VPERL_GENERATED_END

assign arb_avalid =    (reg_mst0_high_priority & mst_avalid[0]) ? 16'b1 : 
		                        pending_priority_avalid ? priority_avalid : 
		    ((mst_avalid & reg_priority_reload)!=16'h0) ? (mst_avalid & reg_priority_reload) : mst_avalid;

//assign arb_mid[3] =    (~mid[3] | (~|arb_avalid[7:0])) & (|arb_avalid[15:8]);
//assign arb_mid[2] = arb_mid[3] ? ((~mid[2] | (~|arb_avalid[11:08])) & (|arb_avalid[15:12])) :
//            		   	 ((~mid[2] | (~|arb_avalid[03:00])) & (|arb_avalid[07:04])) ; 
//assign arb_mid[1] = 
//            		(arb_mid[3:2]==2'h3 & ((~mid[1] | (~|arb_avalid[13:12])) & (|arb_avalid[15:14]))) |
//            		(arb_mid[3:2]==2'h2 & ((~mid[1] | (~|arb_avalid[09:08])) & (|arb_avalid[11:10]))) |
//            		(arb_mid[3:2]==2'h1 & ((~mid[1] | (~|arb_avalid[05:04])) & (|arb_avalid[07:06]))) |
//            		(arb_mid[3:2]==2'h0 & ((~mid[1] | (~|arb_avalid[01:00])) & (|arb_avalid[03:02]))) ;
//assign arb_mid[0] = 
//			(arb_mid[3:1]==3'h7 & ((~mid[0] | ~arb_avalid[14]) & arb_avalid[15])) |
//			(arb_mid[3:1]==3'h6 & ((~mid[0] | ~arb_avalid[12]) & arb_avalid[13])) |
//			(arb_mid[3:1]==3'h5 & ((~mid[0] | ~arb_avalid[10]) & arb_avalid[11])) |
//			(arb_mid[3:1]==3'h4 & ((~mid[0] | ~arb_avalid[08]) & arb_avalid[09])) |
//			(arb_mid[3:1]==3'h3 & ((~mid[0] | ~arb_avalid[06]) & arb_avalid[07])) |
//			(arb_mid[3:1]==3'h2 & ((~mid[0] | ~arb_avalid[04]) & arb_avalid[05])) |
//			(arb_mid[3:1]==3'h1 & ((~mid[0] | ~arb_avalid[02]) & arb_avalid[03])) |
//			(arb_mid[3:1]==3'h0 & ((~mid[0] | ~arb_avalid[00]) & arb_avalid[01])) ;

assign arb_mid[3] = (~|arb_avalid[7:0]);
assign arb_mid[2] = arb_mid[3] ? (~|arb_avalid[11:08]) : (~|arb_avalid[03:00]);
assign arb_mid[1] = 
            		(arb_mid[3:2]==2'h3 & (~|arb_avalid[13:12]))|
            		(arb_mid[3:2]==2'h2 & (~|arb_avalid[09:08]))|
            		(arb_mid[3:2]==2'h1 & (~|arb_avalid[05:04]))|
            		(arb_mid[3:2]==2'h0 & (~|arb_avalid[01:00]));
assign arb_mid[0] = 
			(arb_mid[3:1]==3'h7 & ~arb_avalid[14]) |
			(arb_mid[3:1]==3'h6 & ~arb_avalid[12]) |
			(arb_mid[3:1]==3'h5 & ~arb_avalid[10]) |
			(arb_mid[3:1]==3'h4 & ~arb_avalid[08]) |
			(arb_mid[3:1]==3'h3 & ~arb_avalid[06]) |
			(arb_mid[3:1]==3'h2 & ~arb_avalid[04]) |
			(arb_mid[3:1]==3'h1 & ~arb_avalid[02]) |
			(arb_mid[3:1]==3'h0 & ~arb_avalid[00]) ;

assign aid = {us_aid,mid};
assign slv_aready = ~(avalid & ~aready) & outstanding_ready;
assign addr_outstanding_en = (slv_aready & |mst_avalid);
always @(posedge aclk or negedge aresetn) begin
	if (!aresetn)
		avalid <= 1'b0;
	else 
		avalid <= (slv_aready & |mst_avalid) | (avalid & ~aready);
end

always @(posedge aclk or negedge aresetn) begin
	if (!aresetn) begin
		addr	<= {ADDR_WIDTH{1'b0}}; 
		len	<= 8'h0;
		size	<= 3'h0;
		burst	<= 2'h0;
		cache	<= 4'h0;
		lock	<= 1'b0;
		prot	<= 3'h0;
		us_aid	<= {ID_WIDTH{1'b0}};
		mid	<= 4'h0;
	end else if (|mst_avalid & slv_aready) begin
		addr	<= mst_addr[arb_mid];
		len	<= mst_len[arb_mid];
		size	<= mst_size[arb_mid];
		burst	<= mst_burst[arb_mid];
		cache	<= mst_cache[arb_mid];
		lock	<= mst_lock[arb_mid];
		prot	<= mst_prot[arb_mid];
		us_aid	<= mst_aid[arb_mid];
		mid	<= arb_mid;
	end	
end
endmodule